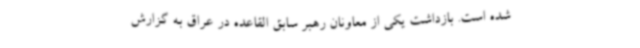
شده است. بازداشت یکی از معاونان رهبر سابق القاعده در عراق به گزارش